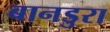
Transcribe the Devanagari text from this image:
बानडुरा